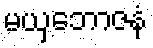
မယှဘောဇနံ